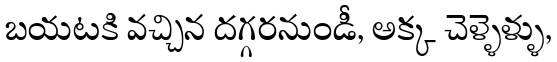
బయటకి వచ్చిన దగ్గరనుండీ, అక్క చెళ్ళెళ్ళు,